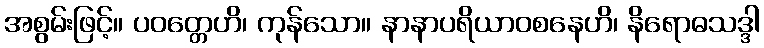
အစွမ်းဖြင့်။ ပဝတ္တေဟိ၊ ကုန်သော။ နာနာပရိယာဝစနေဟိ၊ နိရောဓသဒ္ဒါ